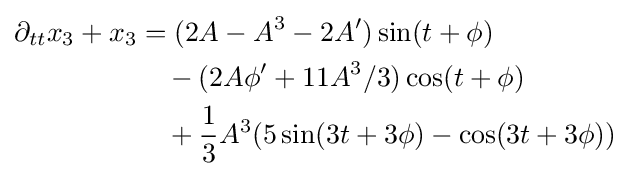
{\begin{aligned}\partial _{tt}x_{3}+x_{3}&=(2A-A^{3}-2A')\sin(t+\phi )\\&\quad -(2A\phi '+11A^{3}/3)\cos(t+\phi )\\&\quad +{\frac {1}{3}}A^{3}(5\sin(3t+3\phi )-\cos(3t+3\phi ))\end{aligned}}